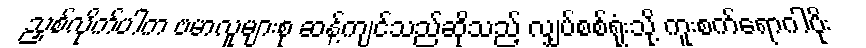
ညှစ်လိုက်ပါက ဗမာလူများစု ဆန့်ကျင်သည်ဆိုသည့် လျှပ်စစ်ရုံးသို့ ကူးစက်ရောဂါပိုး